Lunatic asylums Madras 1877-1891 - 1877-1891
Year: 1877
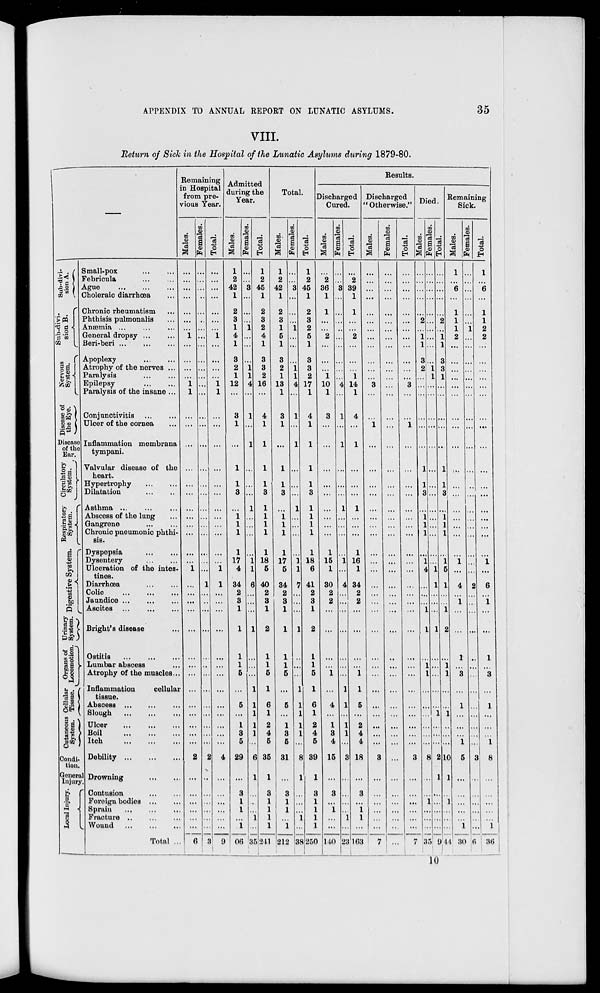
APPENDIX TO ANNUAL REPORT ON LUNATIC ASYLUMS.
35
VIII.
Return of Sick in the Hospital of the Lunatic Asylums during 1879-80.
—
Sub-divi-
sion A.
Sub-divi-
sion B.
Nervous
System.
Disease
of
the Eye.
Disease
of the
Ear.
Circulatory
System.
Respiratory
System.
Digestive System.
Urinary
System.
Organs of
Locomotion.
Cellular
Tissue.
Cutaneous
System.
Condi-
tion.
General
Injury.
Local Injury.
Small-pox
...
...
Febricula ... ...
Ague
...
...
...
Choleraic diarrhœa ...
Chronic rheumatism ...
Phthisis pulmonalis ...
Anæmia ... ... ...
General dropsy ... ...
Beri-beri ... ... ...
Apoplexy ... ...
Atrophy of the nerves ...
Paralysis ... ...
Epilepsy
...
...
Paralysis of the insane ...
Conjunctivitis
...
...
Ulcer of the cornea ...
Inflammation membrana
tympani.
Valvular disease of the
heart.
Hypertrophy ... ...
Dilatation
...
...
Asthma ... ... ...
Abscess of the lung ...
Gangrene
...
...
Chronic pneumonic phthi-
sis.
Dyspepsia
...
...
Dysentery
...
...
Ulceration of the intes-
tines.
Diarrhœa
...
...
Colic
...
...
...
Jaundice
...
...
...
Ascites
...
...
...
Bright's disease ...
Ostitis
...
...
...
Lumbar abscess ...
Atrophy of the muscles ...
Inflammation
cellular
tissue.
Abscess
...
...
...
Slough
...
...
...
Ulcer
...
...
...
Boil
...
...
...
Itch
...
...
...
Debility
...
...
...
Drowning
...
...
Contusion
...
...
Foreign bodies ... ...
Sprain ... ... ...
Fracure
...
...
...
Wound
...
...
...
Total ...
Remaining
in Hospital
from pre-
vious Year.
Males.
...
...
...
...
...
...
...
1
...
...
...
...
1
1
...
...
...
...
...
...
...
...
...
...
...
...
1
...
...
...
...
...
...
...
...
...
...
...
...
...
...
2
...
...
...
...
...
...
6
Females.
...
...
...
...
...
...
...
...
...
...
...
...
...
...
...
...
...
...
...
...
...
...
...
...
...
...
...
1
...
...
...
...
...
...
...
...
...
...
...
...
...
2
...
...
...
...
...
...
3
Total.
...
...
...
...
...
...
...
1
...
...
...
...
1
1
...
...
...
...
...
...
...
...
...
...
...
...
1
1
...
...
...
...
...
...
...
...
...
...
...
...
...
4
...
...
...
...
...
...
9
Admitted
during the
Year.
Males.
1
2
42
1
2
3
1
4
1
3
2
1
12
...
3
1
...
1
1
3
...
1 1
1
1
17
4
34
2
3
1
1
1
1
5
...
5
...
1
3
5
29
...
3
1
1
...
1
206
Females.
...
...
3
...
...
...
1
...
...
...
1 1
4
...
1
...
1
...
...
...
1
...
...
...
...
1 1
6
...
...
...
1
...
...
...
1
1
1
1
1
...
6
1
...
...
...
1
...
35
Total.
1
2
45
1
2
3
2
4
1
3
3
2
16
...
4
1
1
1
1
3
1
1
1
1
1
18
5
40
2
3
1
2
1
1
5
1
6
1
2
4
5
35
1
3
1
1
1
1
241
Total.
Males.
1
2
42
1
2
3
1
5
1
3
2
1
13
1
3
1
...
1
1
3
...
1 1
1
1
17
5
34
2
3
1
1
1
1
5
...
5
...
1
3
5
31
...
3
1
1
...
1
212
Females.
...
...
3
...
...
...
1
...
...
...
1 1
4
...
1
...
1
...
...
...
1
...
...
...
...
1 1
7
...
...
...
1
...
...
...
1
1
1
1
1
...
8
1
...
...
...
1
...
38
Total.
1
2
45
1
2
3
2
5
1
3
3
2
17
1
4
1
1
1
1
3
1
1
1
1
1
18
6
41
2
3
1
2
1
1
5
1
6
1
2
4
5
39
1
3
1
1
1
1
250
Results.
Discharged
Cured.
Males.
...
2
36
1
1
...
...
2
...
...
...
1
10
1
3
...
...
...
...
...
...
...
...
...
1
15
1
30
2
2
...
...
...
...
1
...
4
...
1
3
4
15
...
3
...
1
...
...
140
Females.
...
...
3
...
...
...
...
...
...
...
...
...
4
...
1
...
1
...
...
...
1
...
...
...
...
1
...
4
...
...
...
...
...
...
...
1
1
...
1
1
...
3
...
...
...
...
1
...
23
Total.
...
2
39
1
1
...
...
2
...
...
...
1
14
1
4
...
1
...
...
...
1
...
...
...
1
16
1
34
2
2
...
...
...
...
1
1
5
...
2
4
4
18
...
3
...
1
1
...
163
Discharged
"Otherwise."
Males.
...
...
...
...
...
...
...
...
...
...
...
...
3
...
...
1
...
...
...
...
...
...
...
...
...
...
...
...
...
...
...
...
...
...
...
...
...
...
...
...
...
3
...
...
...
...
...
...
7
Females.
...
...
...
...
...
...
...
...
...
...
...
...
...
...
...
...
...
...
...
...
...
...
...
...
...
...
...
...
...
...
...
...
...
...
...
...
...
...
...
...
...
...
...
...
...
...
...
...
...
Total.
...
...
...
...
...
...
...
...
...
...
...
...
3
...
...
1
...
...
...
...
...
...
...
...
...
...
...
...
...
...
...
...
...
...
...
...
...
...
...
...
...
3
...
...
...
...
...
...
7
Died.
Males.
...
...
...
...
...
2
...
1 1
3
2
...
...
...
...
...
...
1
1
3
...
1
1
1
...
1
4
...
...
...
1
1
...
1
1
...
...
...
...
...
...
8
...
...
1
...
...
...
35
Females.
...
...
...
...
...
...
...
...
...
...
1 1
...
...
...
...
...
...
...
...
...
...
...
...
...
...
1
1
...
...
...
1
...
...
...
...
...
1
...
...
...
2
1
...
...
...
...
...
9
Total.
...
...
...
...
...
2
...
1 1
3
3
1
...
...
...
...
...
1
1
3
...
1
1
1
...
1
5
1
...
...
1
2
...
1
1
...
...
1
...
...
...
10
1
...
1
...
...
...
44
Remaining
Sick.
Males.
1
...
6
...
1
1
1
2
...
...
...
...
...
...
...
...
...
...
...
...
...
...
...
...
...
1
...
4
...
1
...
...
1
...
3
...
1
...
...
...
1
5
...
...
...
...
...
1
30
Females.
...
...
...
...
...
...
1
...
...
...
...
...
...
...
...
...
...
...
...
...
...
...
...
...
...
...
...
2
...
...
...
...
...
...
...
...
...
...
...
...
...
3
...
...
...
...
...
...
6
Total.
1
...
6
...
1
1
2
2
...
...
...
...
...
...
...
...
...
...
...
...
...
...
...
...
...
1
...
6
...
1
...
...
1
...
3
...
1
...
...
...
1
8
...
...
...
...
...
1
36
10